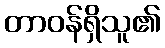
တာဝန်ရှိသူ၏